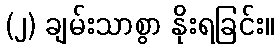
(၂) ချမ်းသာစွာ နိုးရခြင်း။